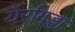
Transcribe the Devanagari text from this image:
येर्रागड्डा